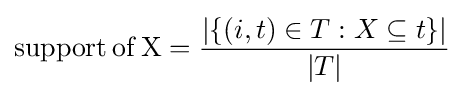
\mathrm {support\,of\,X} ={\frac {|\{(i,t)\in T:X\subseteq t\}|}{|T|}}